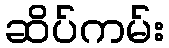
ဆိပ်ကမ်း